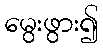
မွေးဖွား၍